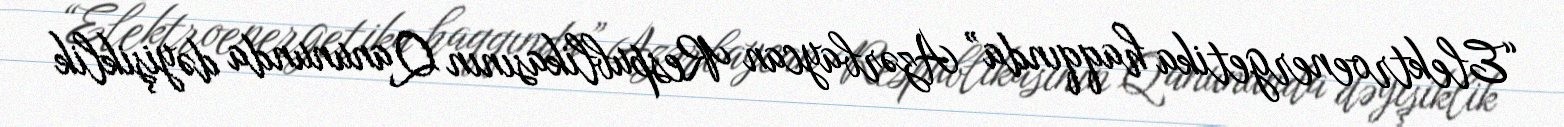
“Elektroenergetika haqqında” Azərbaycan Respublikasının Qanununda dəyişiklik